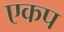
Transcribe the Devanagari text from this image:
एकप